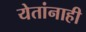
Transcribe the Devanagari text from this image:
येतांनाही